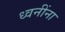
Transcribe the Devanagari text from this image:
ध्वनींना